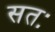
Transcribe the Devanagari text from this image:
सतः